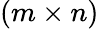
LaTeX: \left(m\times n\right)